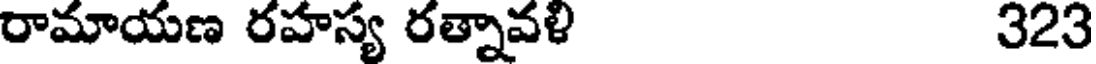
రామాయణ రహస్య రత్నావళి 323